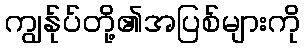
ကျွန်ုပ်တို့၏အပြစ်များကို